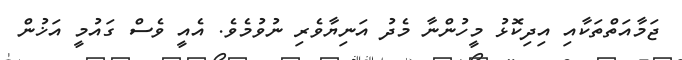
ޖަމާއަތްތަކާއި އިދިކޮޅު މީހުންނާ މެދު އަނިޔާވެރި ނުވުމެވެ. އެއީ ވެސް ގައުމީ އަޚުން